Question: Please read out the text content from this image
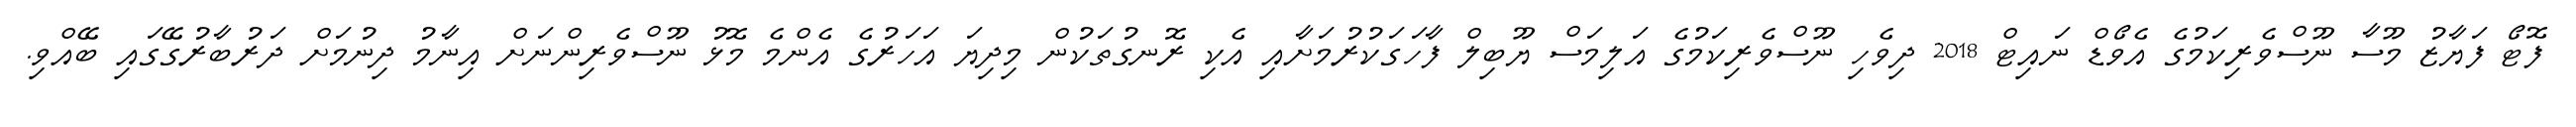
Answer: ފޮޓޯ ފަޔާޒު މޫސާ ނޫސްވެރިކަމުގެ އެވޯޑް ނައިޓް 2018 ދިވެހި ނޫސްވެރިކަމުގެ އަލިމަސް ޔޫބިލް ފާހަގަކުރުމަށާއި އެކި ރޮނގުތަކުން މިދިޔަ އަހަރުގެ އެންމެ މޮޅު ނޫސްވެރިންނަށް އިނާމު ދިނުމަށް ދަރުބާރުގޭގައި ބޭއްވި.